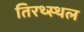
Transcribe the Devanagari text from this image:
तिरथ्स्थल